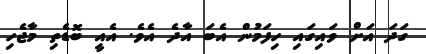
ގަދަ އަށް ވައިގައި ހިފަމުން އެބަ އާދެ އެވެ. އެއީ ބޮޑެތި މާޖެހި